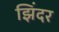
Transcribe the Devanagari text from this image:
झिंदर